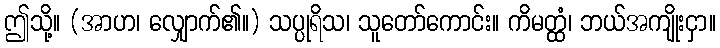
ဤသို့။ (အာဟ၊ လျှောက်၏။) သပ္ပုရိသ၊ သူတော်ကောင်း။ ကိမတ္ထံ၊ ဘယ်အကျိုးငှာ။